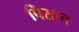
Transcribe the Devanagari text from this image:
पिराप्त